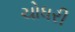
ચોધરી